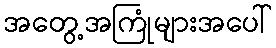
အတွေ့အကြုံများအပေါ်